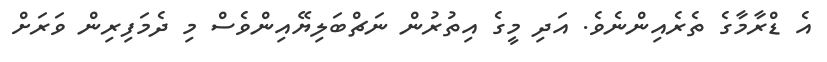
އެ ޑްރާމާގެ ތެރެއިންނެވެ. އަދި މީގެ އިތުރުން ނަޗްބަލިޔޭއިންވެސް މި ދެމަފިރިން ވަރަށް